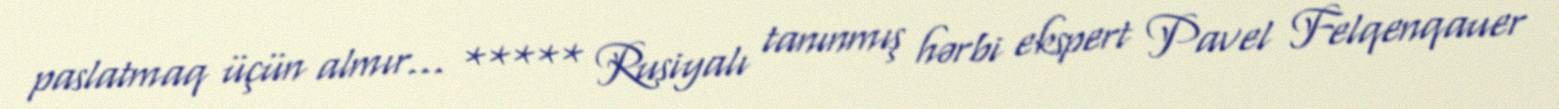
paslatmaq üçün almır... ***** Rusiyalı tanınmış hərbi ekspert Pavel Felqenqauer